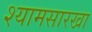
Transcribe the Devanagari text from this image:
श्यामसारखा